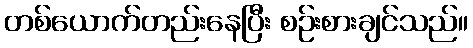
တစ်ယောက်တည်းနေပြီး စဉ်းစားချင်သည်။